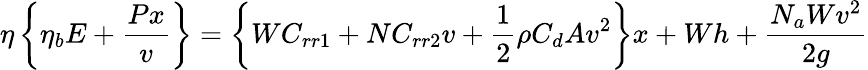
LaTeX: \eta\left\{ \eta_{b}E+{\frac{Px}{v}}\right\} =\left\{ WC_{rr1}+NC_{rr2}v+{\frac{1}{2}}\rho C_{d}Av^{2}\right\} x+Wh+{\frac{N_{a}Wv^{2}}{2g}}